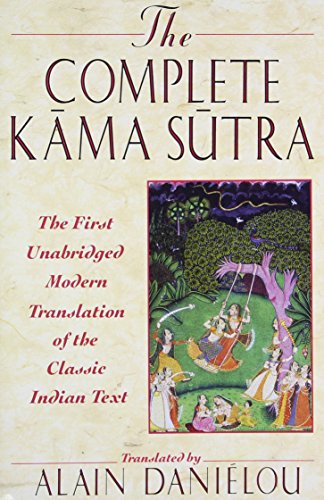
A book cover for The Complete Kama Sutra: The First Unabridged Modern Translation of the Classic Indian Text; Religion & Spirituality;